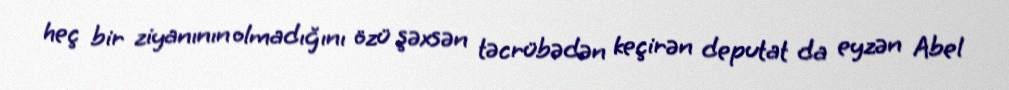
heç bir ziyanının olmadığını özü şəxsən təcrübədən keçirən deputat da eyzən Abel